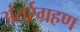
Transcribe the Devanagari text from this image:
अंतर्रग्रहण